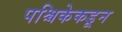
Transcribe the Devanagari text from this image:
पश्चिकेकडून